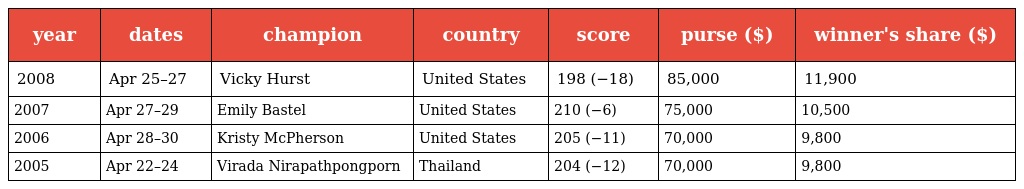
| year | dates | champion | country | score | purse ($) | winner's share ($) |
 | --- | --- | --- | --- | --- | --- | --- |
 | 2008 | Apr 25–27 | Vicky Hurst | United States | 198 (−18) | 85,000 | 11,900 |
 | 2007 | Apr 27–29 | Emily Bastel | United States | 210 (−6) | 75,000 | 10,500 |
 | 2006 | Apr 28–30 | Kristy McPherson | United States | 205 (−11) | 70,000 | 9,800 |
 | 2005 | Apr 22–24 | Virada Nirapathpongporn | Thailand | 204 (−12) | 70,000 | 9,800 |